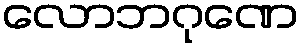
လောဘဂုဏေ